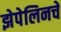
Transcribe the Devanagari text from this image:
झेपेलिनचे